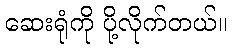
ဆေးရုံကို ပို့လိုက်တယ်။